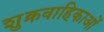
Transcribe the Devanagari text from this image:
शुक्रवाहिकाओं